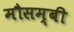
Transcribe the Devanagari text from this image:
मौसम्बी